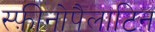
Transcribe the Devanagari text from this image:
स्फ़ीनोपैलाटिन